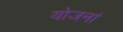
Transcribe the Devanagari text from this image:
योजनां